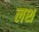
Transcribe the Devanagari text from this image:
लश